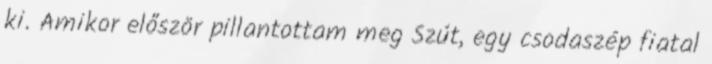
ki. Amikor először pillantottam meg Szút, egy csodaszép fiatal